DOW-UAP-D48, Department of the Air Force Report, 1996
Agency: Department of War
Incident date: 9/10/96
Page 86
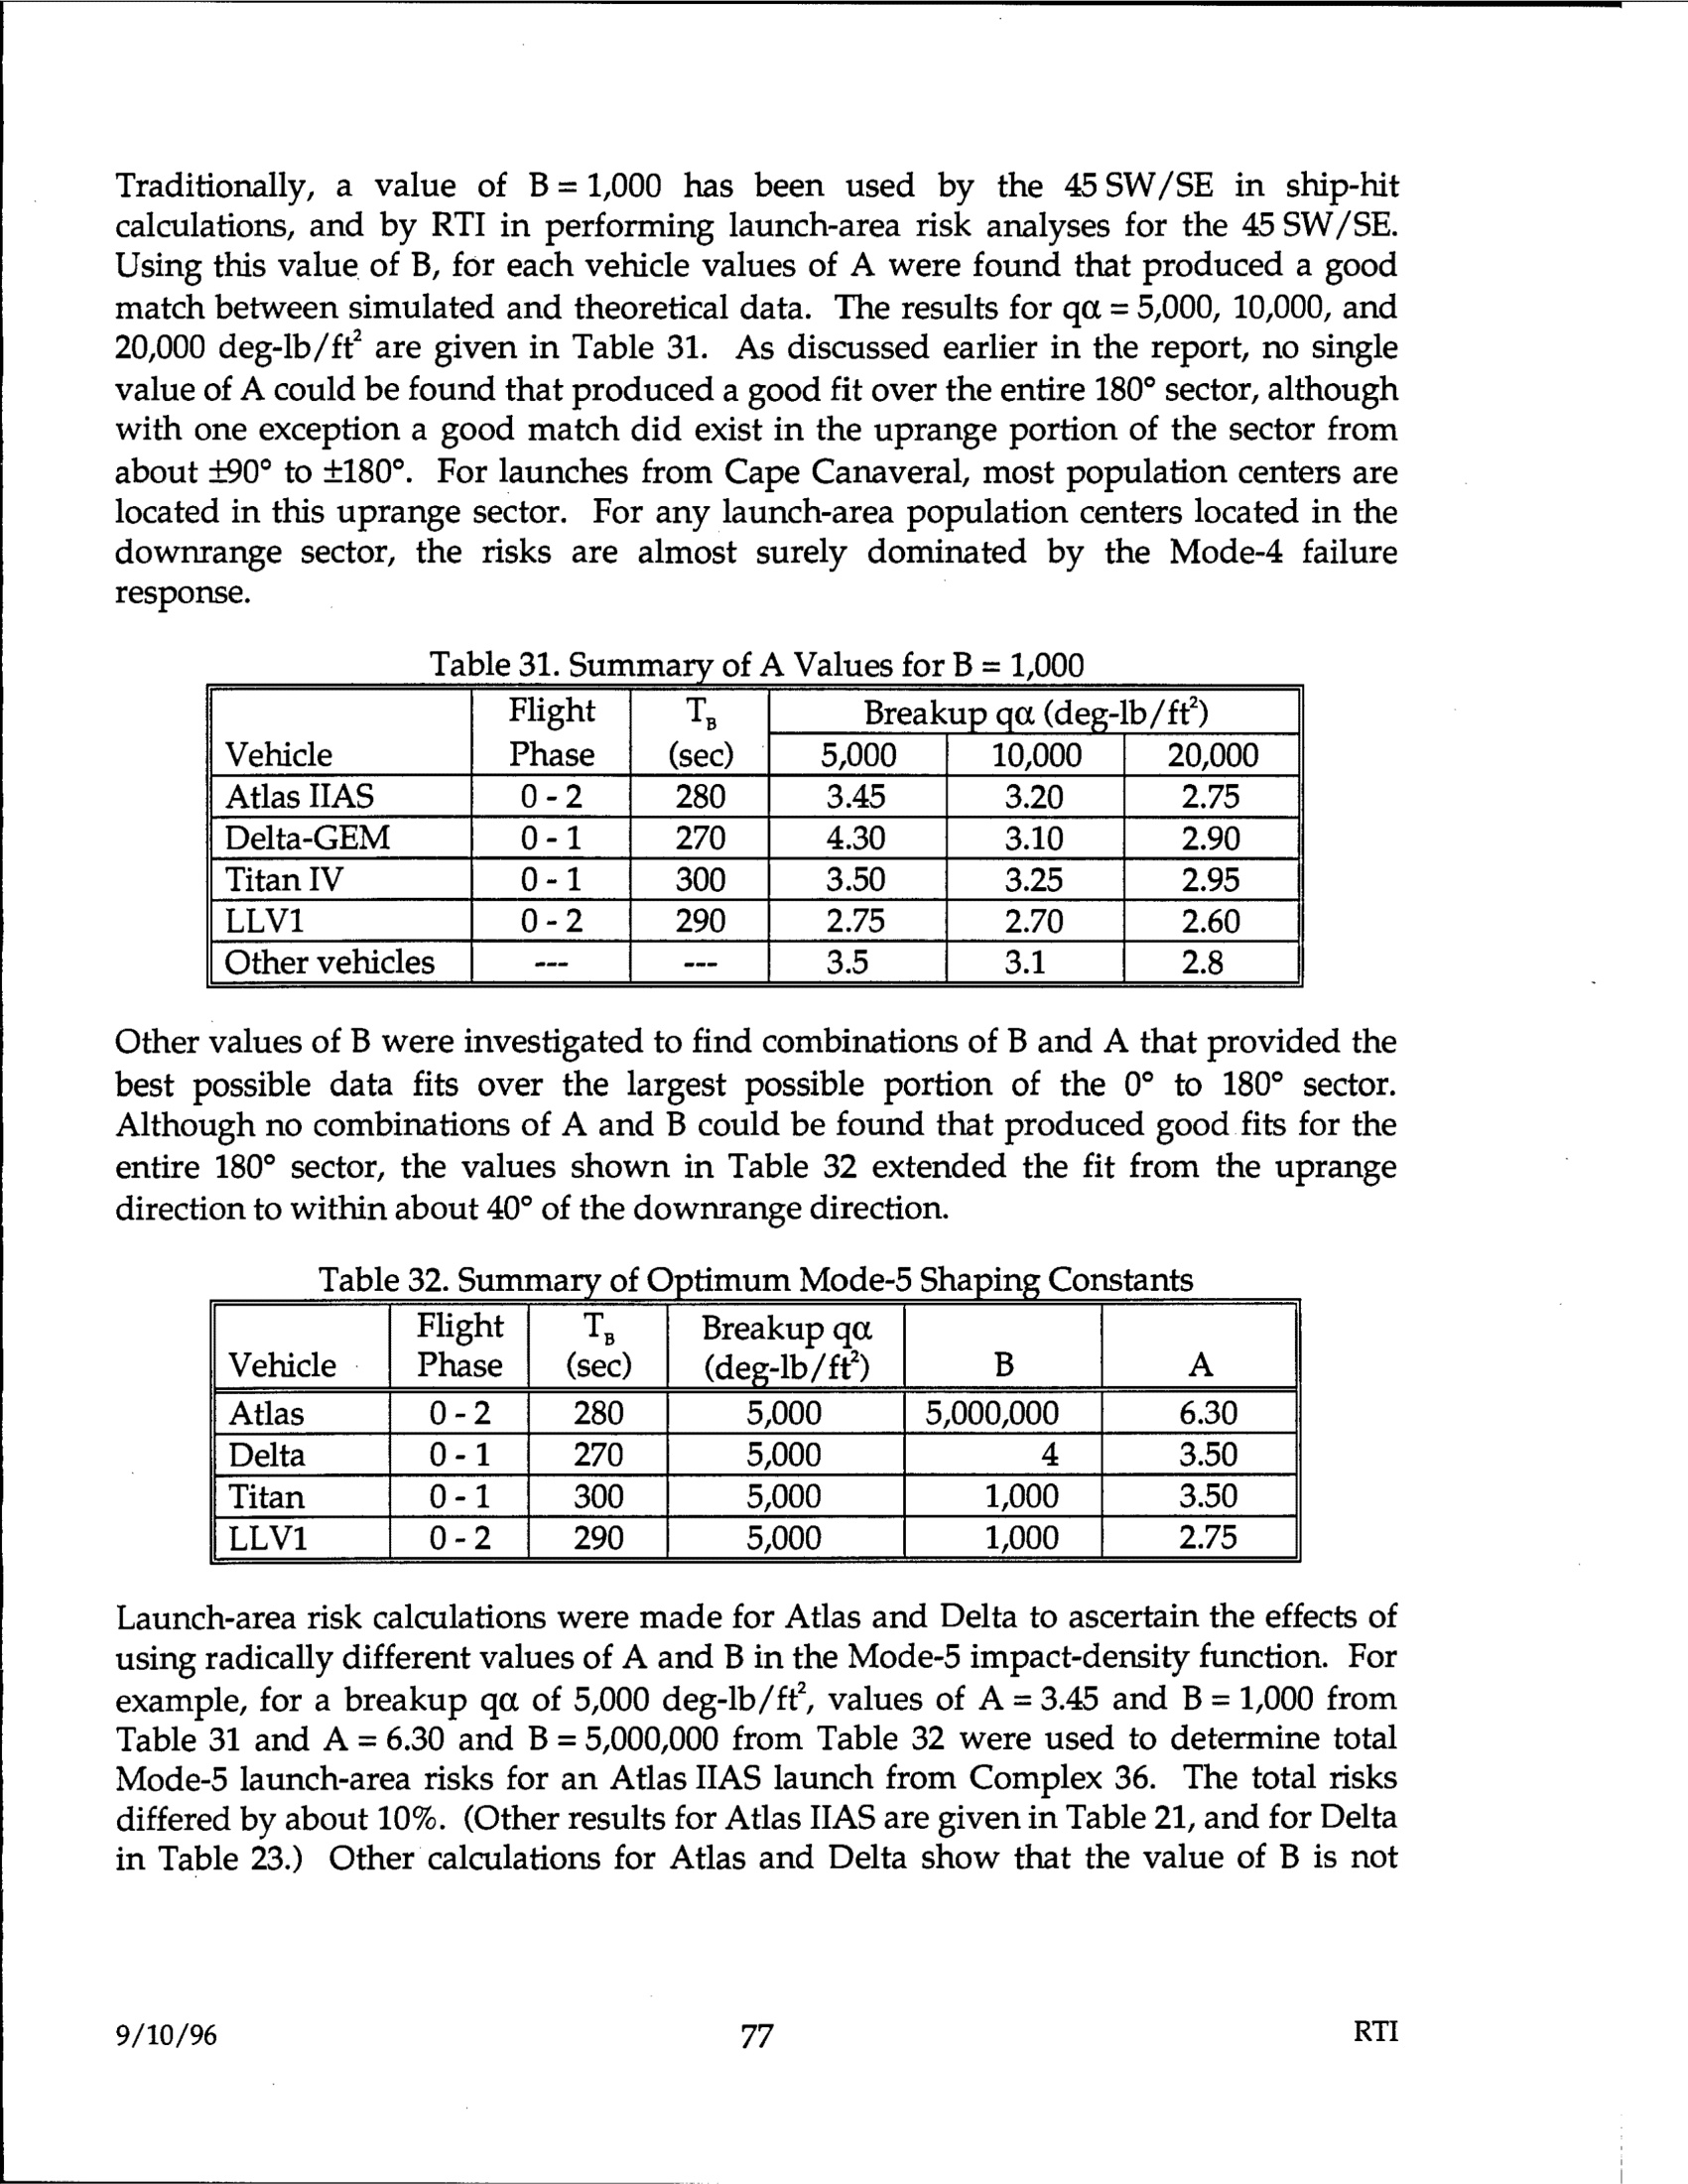